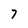
Character: 7